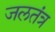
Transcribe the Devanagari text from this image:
जलतंत्र